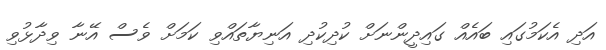
އަދި އެކަމުގައި ބައެއް ގައިދީންނަށް ކުދިކުދި އަނިޔާތައްވި ކަމަށް ވެސް އޭނާ ވިދާޅުވި